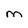
Character: M